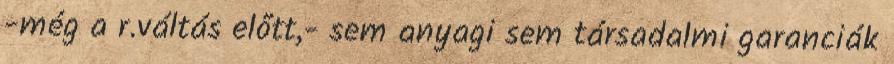
-még a r.váltás előtt,- sem anyagi sem társadalmi garanciák